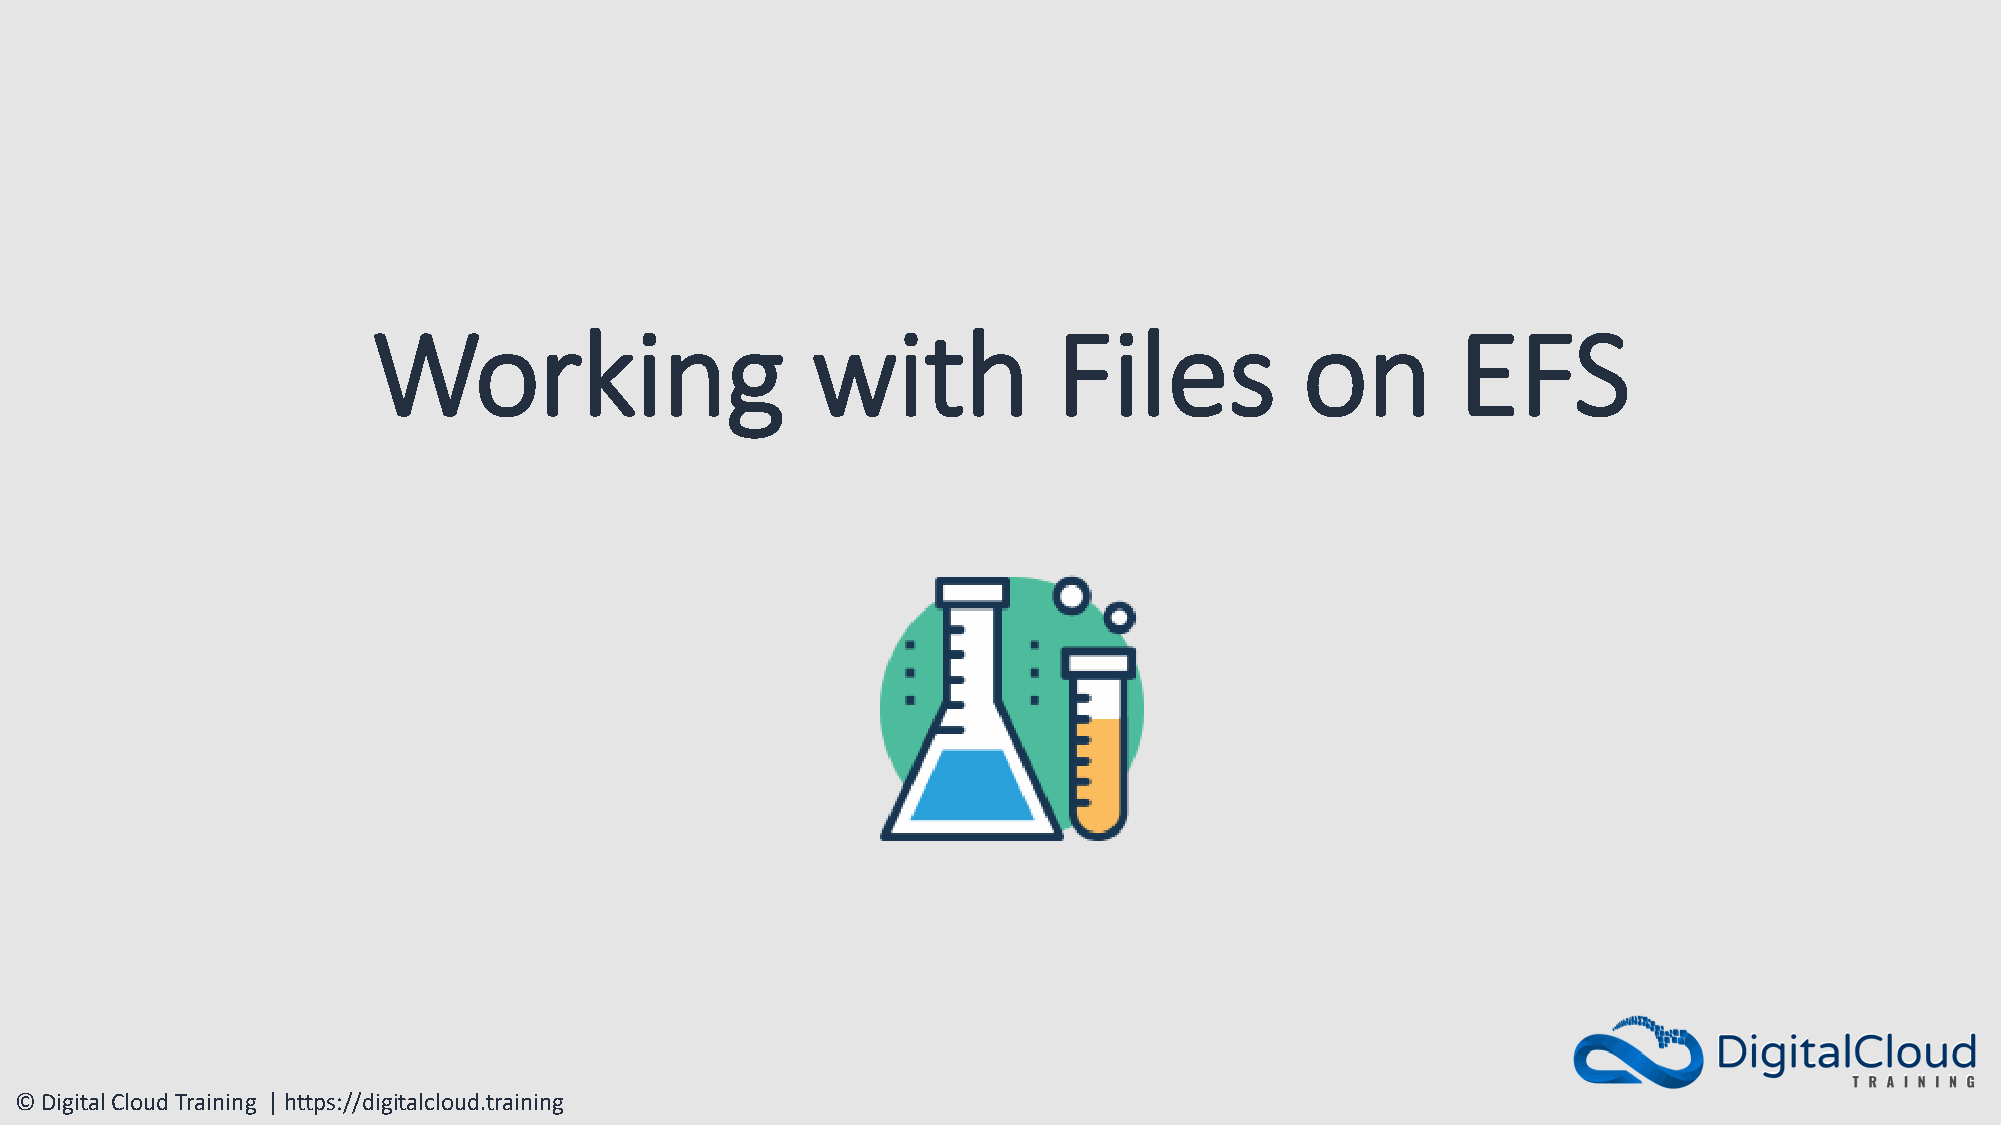
Working                      with            Files           on         EFS
 © Digital Cloud Training | https://digitalcloud.training